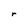
Character: r